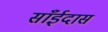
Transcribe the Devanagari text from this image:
साँईदास